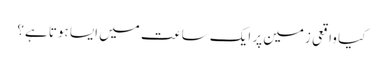
کیا واقعی زمین پر ایک ساعت میں ایسا ہوتا ہے؟